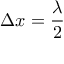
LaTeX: \Delta x = { \frac { \lambda } { 2 } }